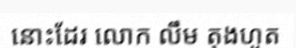
នោះដែរ លោក លឹម តុងហួត